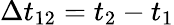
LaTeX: \Delta t_{12}=t_{2}-t_{1}